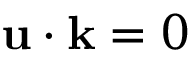
{ \bf u } \cdot { \bf k } = 0